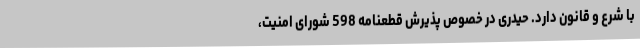
با شرع و قانون دارد. حیدری در خصوص پذیرش قطعنامه 598 شورای امنیت،